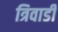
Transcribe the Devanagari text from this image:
त्रिवाडी